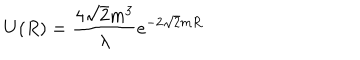
U ( R ) = { \frac { 4 \sqrt { 2 } m ^ { 3 } } { \lambda } } e ^ { - 2 \sqrt { 2 } m R }